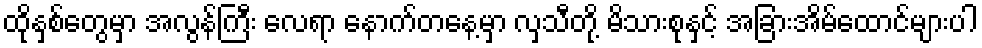
ထိုနှစ်တွေမှာ အလွန်ကြီး လေရာ နောက်တနေ့မှာ လှသီတို့ မိသားစုနှင့် အခြားအိမ်ထောင်များပါ